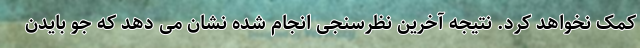
کمک نخواهد کرد. نتیجه آخرین نظرسنجی انجام شده نشان می دهد که جو بایدن